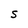
Character: S